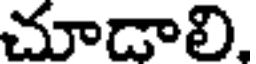
చూడాలి,